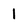
Character: 1